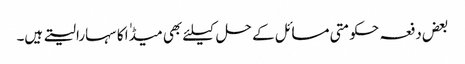
بعض دفعہ حکومتی مسائل کے حل کیلئے بھی میڈٰا کا سہارا لیتے ہیں۔